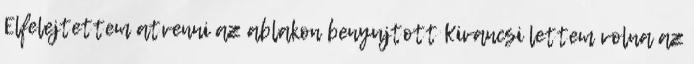
Elfelejtettem atvenni az ablakon benyujtott Kivancsi lettem volna az